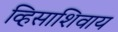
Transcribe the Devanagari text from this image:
व्हिसाशिवाय